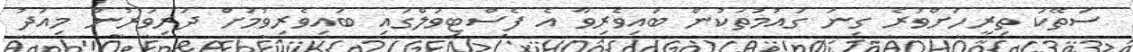
ސަތޭކަ ތިރީހަށްވުރެ ގިނަ ގައުމުތަކުން ބައިވެރިވާ އެ ފެސްޓިވަލްގައި ބައިވެރިވުމަށް ދަރިވަރުން މިއަދު